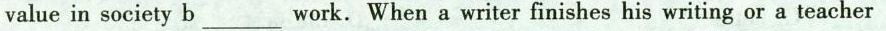
value in society b___ work. When a writer finishes his writing or a teacher